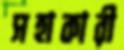
সহাকারী